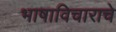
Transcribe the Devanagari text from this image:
भाषाविचाराचे